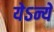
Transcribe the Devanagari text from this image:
येऽन्ये